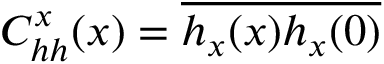
C _ { h h } ^ { x } ( x ) = \overline { { h _ { x } ( x ) h _ { x } ( 0 ) } }